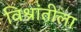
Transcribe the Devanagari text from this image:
विश्रांतीला